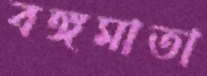
বঙ্গমাতা